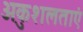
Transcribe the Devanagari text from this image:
अकुशलताएं